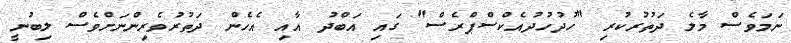
ނަމަވެސް މާލެ ދަތުރުކުރި "ހުދުހުދުއެކްސްޕްރެސް" ގައި އަބްދު އާއި އެހެން ދަތުރުވެރިންނަށްވެސް ލިބުނީ